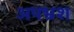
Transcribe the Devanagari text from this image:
अपभ्रश